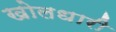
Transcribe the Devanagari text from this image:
खोलधारी